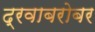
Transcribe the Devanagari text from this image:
द्रवाबरोबर